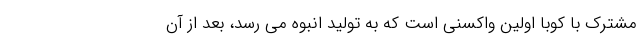
مشترک با کوبا اولین واکسنی است که به تولید انبوه می رسد، بعد از آن